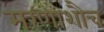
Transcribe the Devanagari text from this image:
मरणाशौच